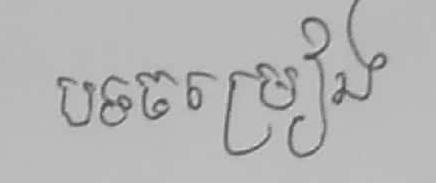
បទចម្រៀង